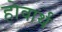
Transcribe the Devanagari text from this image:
होवार्थ